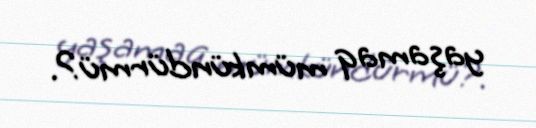
yaşamaq mümkündürmü?.